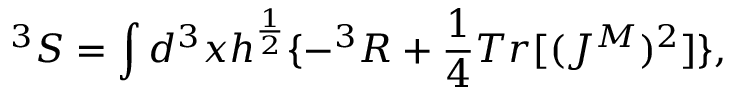
^ 3 S = \int d ^ { 3 } x h ^ { \frac { 1 } { 2 } } \{ - ^ { 3 } R + \frac { 1 } { 4 } T r [ ( J ^ { M } ) ^ { 2 } ] \} ,